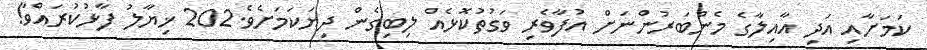
ކަމަށާއި އަދި އާއިލާގެ މެންބަރުންނަށް އުފާވެރި ވަގުތުކޮޅެއް ލިބިގެން ދިޔަކަމަށެވެ.202 ޚިޔާލު ފާޅުކުރައްވާ!